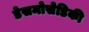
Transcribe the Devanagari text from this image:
डेसमोसेडिकी